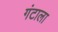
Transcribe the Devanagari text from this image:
गंटाला